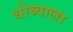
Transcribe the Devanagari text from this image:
धोब्याला